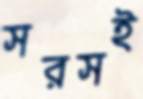
সরসই